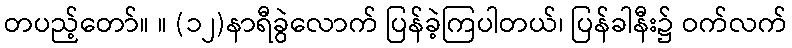
တပည့်တော်။ ။ (၁၂)နာရီခွဲလောက် ပြန်ခဲ့ကြပါတယ်၊ ပြန်ခါနီး၌ ဝက်လက်